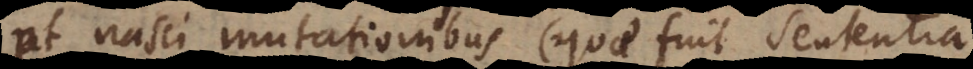
et nasci mutationibus (quae fuit sententia